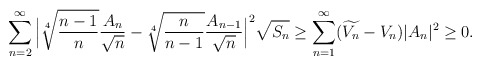
\begin{align*}{}\displaystyle\sum_{n=2}^{\infty}\Big|\sqrt[4]{\frac{n-1}{n}}\frac{A_n}{\sqrt n}-\sqrt[4]{\frac{n}{n-1}}\frac{A_{n-1}}{{\sqrt n}}\Big|^{2}\sqrt{S_n} &\geq \displaystyle\sum_{n=1}^{\infty}(\widetilde{V_{n}}-V_{n})|A_{n}|^{2} \geq 0.\end{align*}